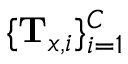
\{ \mathbf { T } _ { \boldsymbol { x } , i } \} _ { i = 1 } ^ { C }